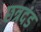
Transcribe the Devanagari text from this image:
छत्रदंड